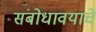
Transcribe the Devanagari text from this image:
संबोधावयाचे